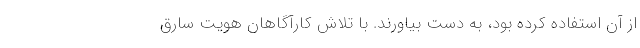
از آن استفاده کرده بود، به‌ دست بیاورند. با تلاش کارآگاهان هویت سارق